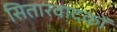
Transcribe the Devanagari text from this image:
सितारवादकों